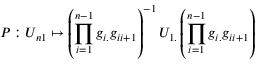
P : U _ { n 1 } \mapsto \left( \prod _ { i = 1 } ^ { n - 1 } g _ { i . } g _ { i i + 1 } \right) ^ { - 1 } U _ { 1 . } \left( \prod _ { i = 1 } ^ { n - 1 } g _ { i . } g _ { i i + 1 } \right)